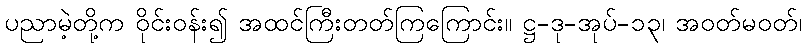
ပညာမဲ့တို့က ဝိုင်းဝန်း၍ အထင်ကြီးတတ်ကြကြောင်း။ ဋ္ဌ-ဒု-အုပ်-၁၃၊ အဝတ်မဝတ်၊